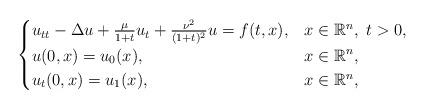
LaTeX: \begin{align*}\begin{cases} u_{tt}-\Delta u +\frac{\mu}{1+t}u_t+\frac{\nu^2}{(1+t)^2}u=f(t,x), & x\in \mathbb{R}^n, \ t>0,\\u(0,x)=u_0(x), & x\in \mathbb{R}^n, \\ u_t(0,x)=u_1(x), & x\in \mathbb{R}^n,\end{cases}\end{align*}